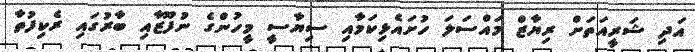
އަދި ޝަރީއަތަށް ރިޔާޒް މައްސަލަ ހުށައެޅިކަމާއި ސިޔާސީ މީހުންގެ ނުފޫޒާއި ބާރުގައި ރެކިފުތާ